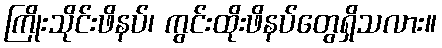
ကြိုးသိုင်းဖိနပ်၊ ကွင်းထိုးဖိနပ်တွေရှိသလား။